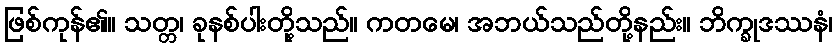
ဖြစ်ကုန်၏။ သတ္တ၊ ခုနစ်ပါးတို့သည်။ ကတမေ၊ အဘယ်သည်တို့နည်း။ ဘိက္ခုဒဿနံ၊